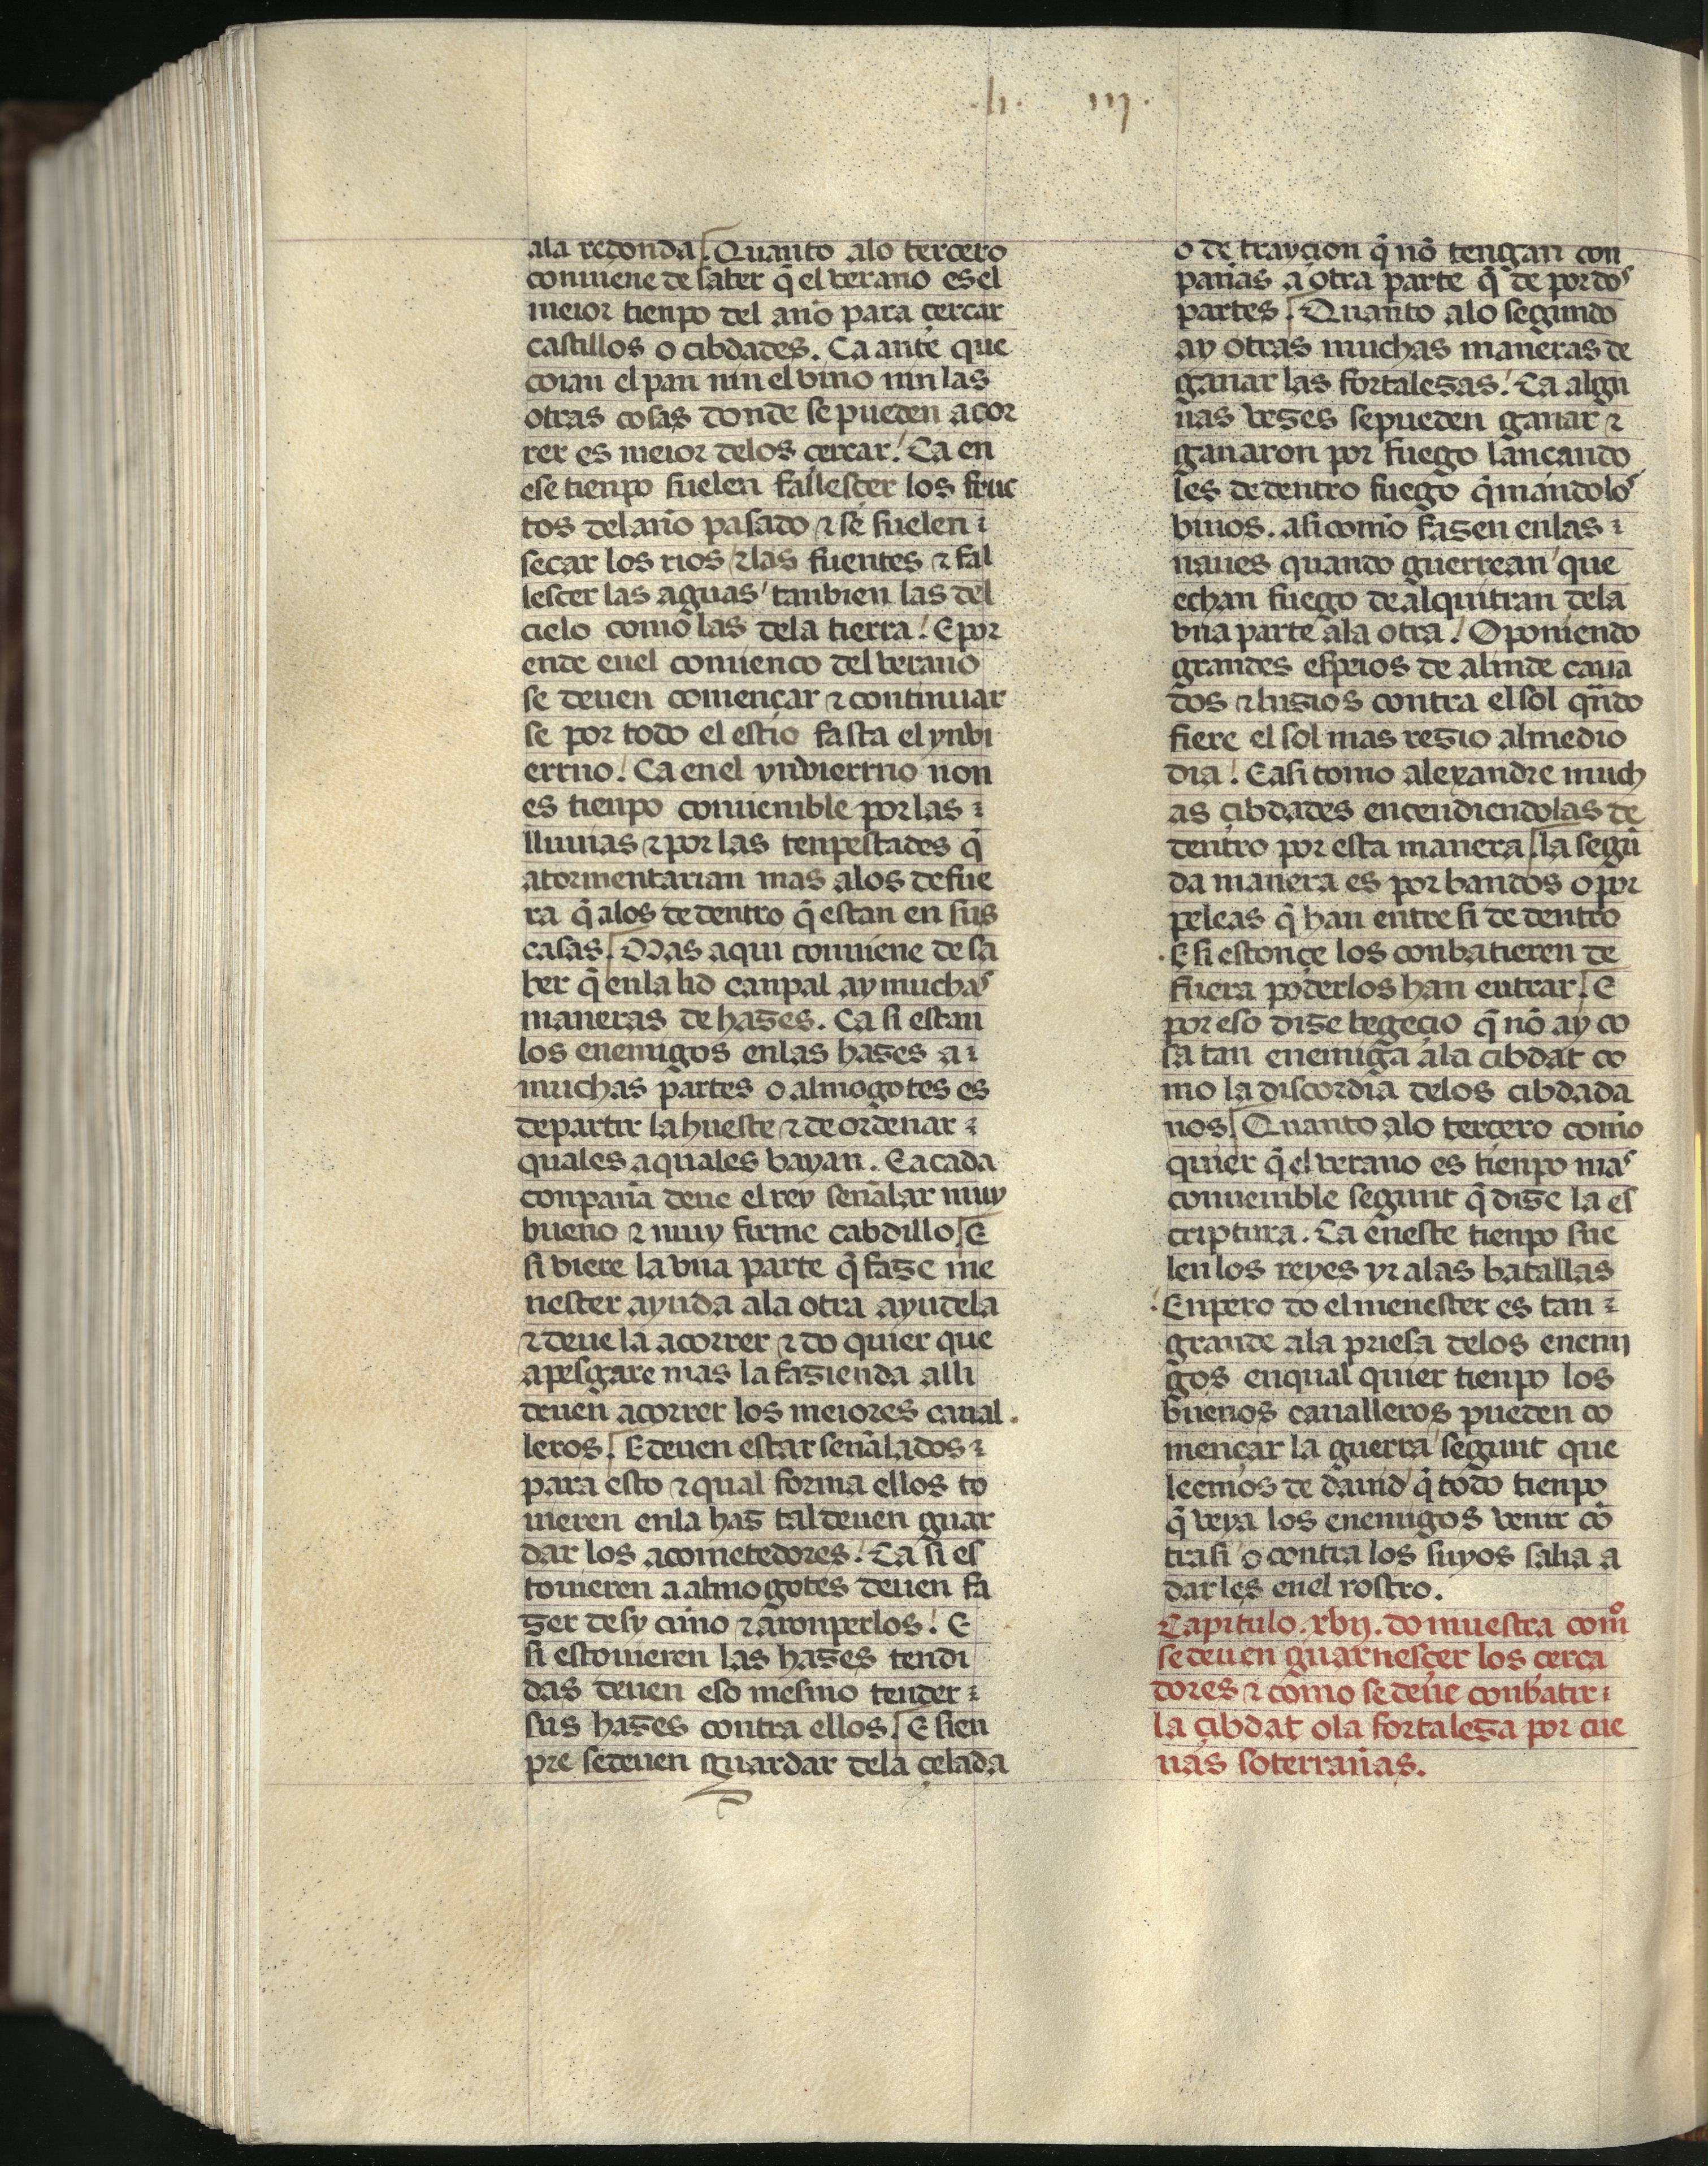
Shelfmark: Madrid, Fundación Lázaro Galdiano, mss 289
Century: 15